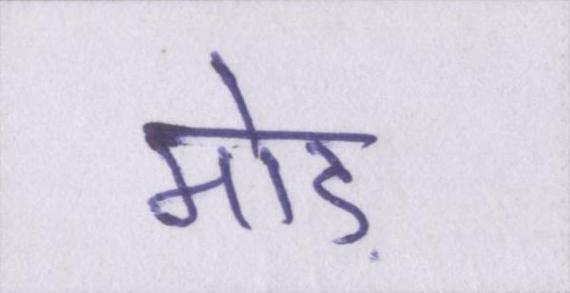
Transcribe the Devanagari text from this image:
मोड़